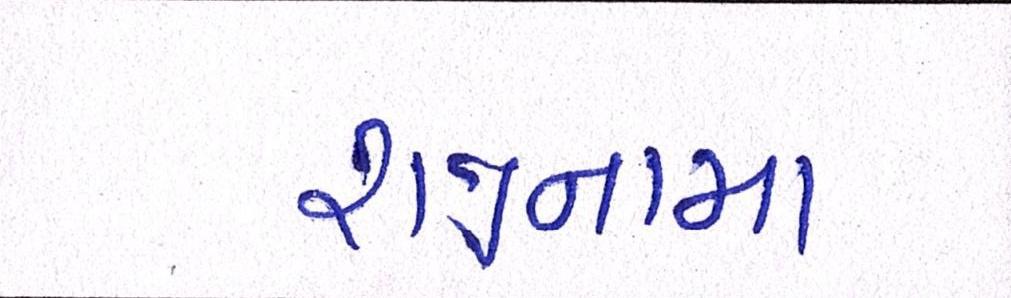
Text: રાજીનામા